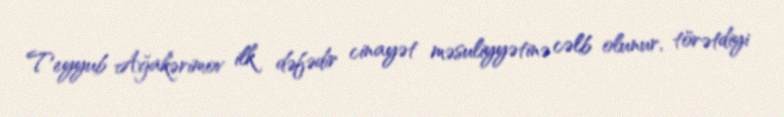
Teyyub Ağakərimov ilk dəfədir cinayət məsuliyyətinə cəlb olunur, törətdiyi